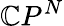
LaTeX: \mathbb{C}P^{N}